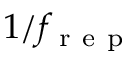
1 / f _ { \mathrm { ~ r ~ e ~ p ~ } }